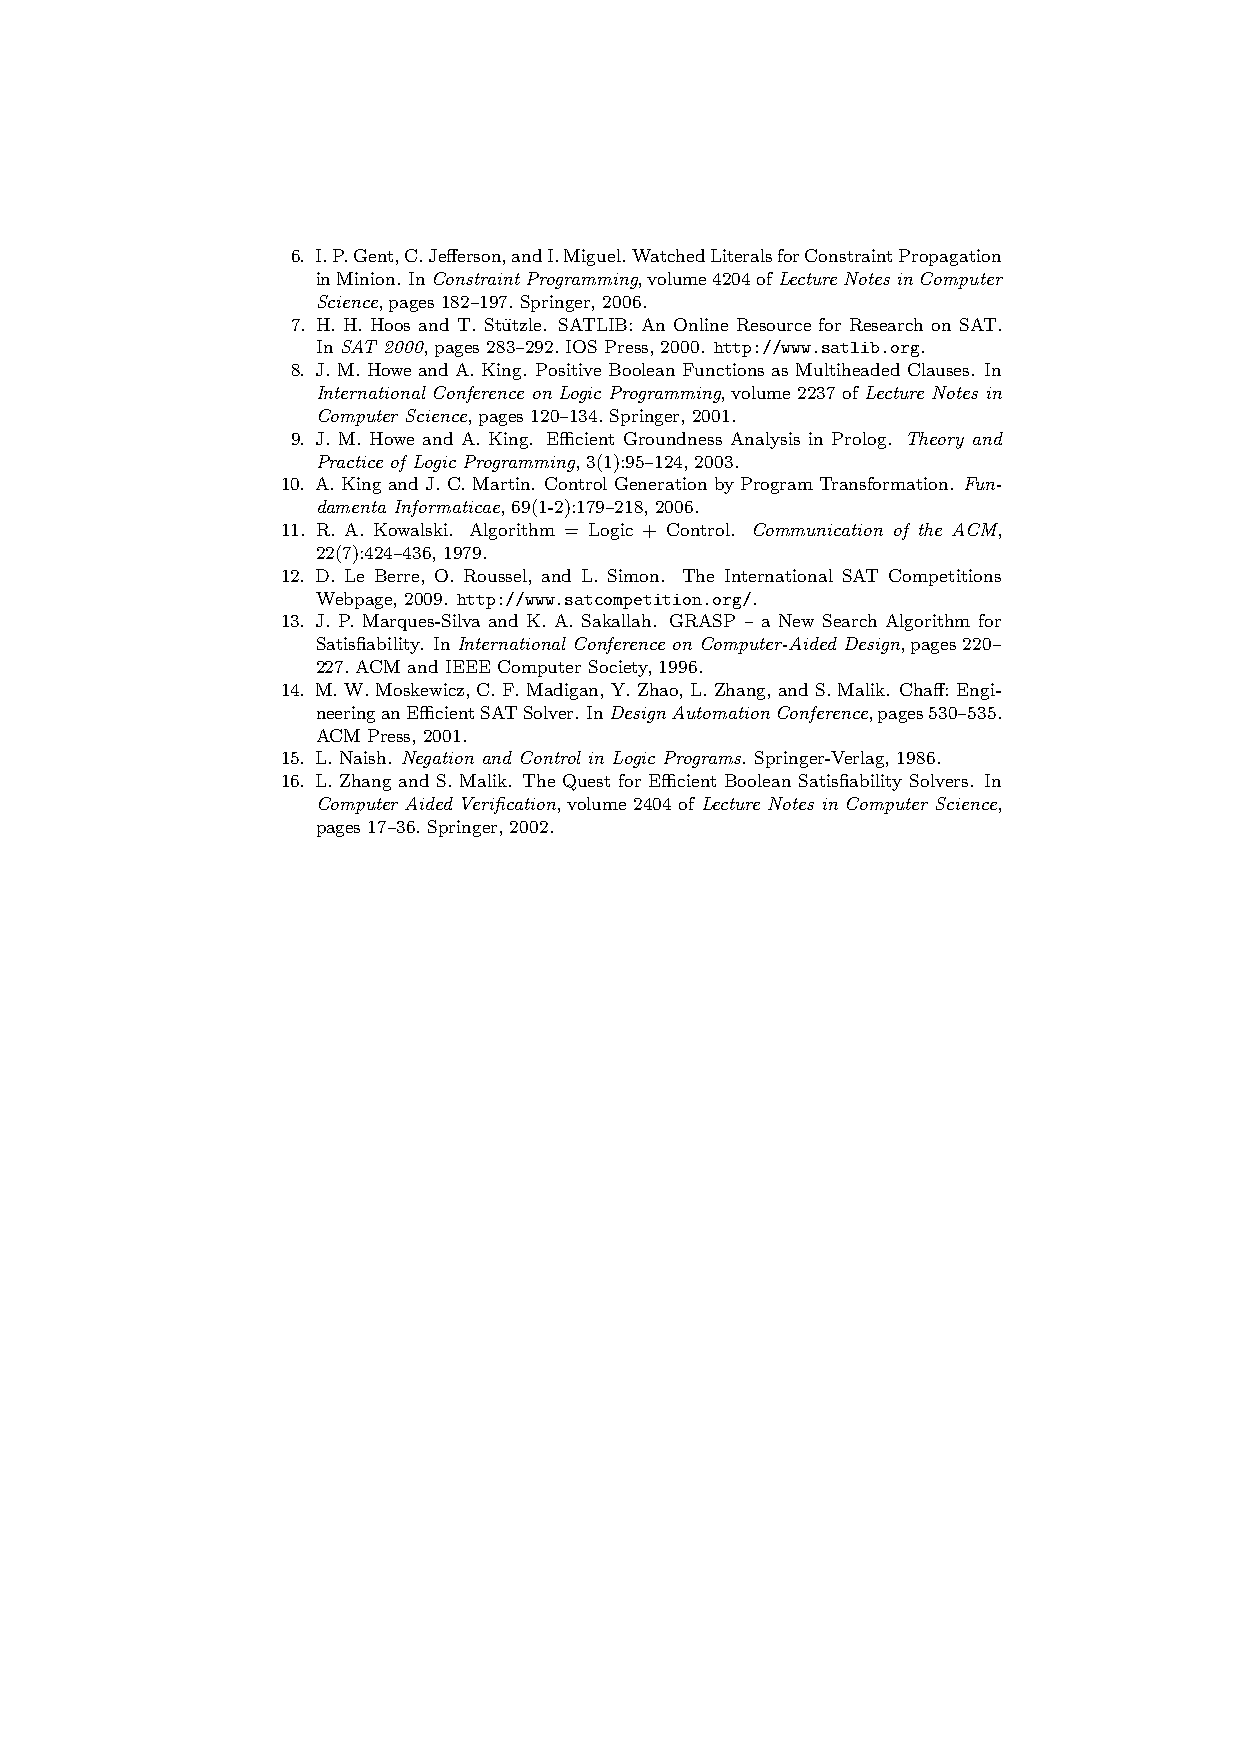
6. I.P.Gent,C.Jefferson,andI.Miguel.WatchedLiteralsforConstraintPropagation
 inMinion. InConstraintProgramming,volume4204ofLectureNotesinComputer
 Science, pages 182–197. Springer, 2006.
 7. H. H. Hoos and T. Stu¨tzle. SATLIB: An Online Resource for Research on SAT.
 In SAT 2000, pages 283–292. IOS Press, 2000. http://www.satlib.org.
 8. J. M. Howe and A. King. Positive Boolean Functions as Multiheaded Clauses. In
 International Conference on Logic Programming,volume2237ofLecture Notes in
 Computer Science, pages 120–134. Springer, 2001.
 9. J. M. Howe and A. King. Efficient Groundness Analysis in Prolog. Theory and
 Practice of Logic Programming, 3(1):95–124, 2003.
 10. A. King and J. C. Martin. Control Generation by Program Transformation. Fun-
 damenta Informaticae, 69(1-2):179–218, 2006.
 11. R. A. Kowalski. Algorithm = Logic + Control. Communication of the ACM,
 22(7):424–436, 1979.
 12. D. Le Berre, O. Roussel, and L. Simon. The International SAT Competitions
 Webpage, 2009. http://www.satcompetition.org/.
 13. J. P. Marques-Silva and K. A. Sakallah. GRASP – a New Search Algorithm for
 Satisfiability. In International Conference on Computer-Aided Design, pages 220–
 227. ACM and IEEE Computer Society, 1996.
 14. M. W. Moskewicz, C. F. Madigan, Y. Zhao, L. Zhang, and S. Malik. Chaff: Engi-
 neeringanEfficientSATSolver.InDesignAutomationConference,pages530–535.
 ACM Press, 2001.
 15. L. Naish. Negation and Control in Logic Programs. Springer-Verlag, 1986.
 16. L. Zhang and S. Malik. The Quest for Efficient Boolean Satisfiability Solvers. In
 Computer Aided Verification, volume 2404 of Lecture Notes in Computer Science,
 pages 17–36. Springer, 2002.